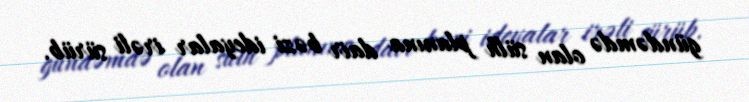
gündəmdə olan sülh planına dair bəzi ideyalar irəli sürüb.